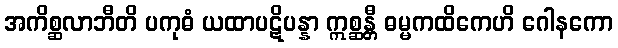
အကိစ္ဆလာဘီတိ ပကုဓံ ယထာပဋိပန္နာ ဣစ္ဆန္တီ ဓမ္မကထိကေဟိ ဂေါနကော